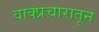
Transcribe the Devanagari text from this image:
वाक्प्रचारातून